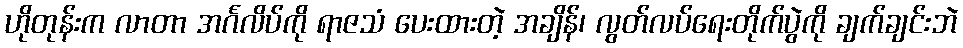
ဟိုတုန်းက လာတာ အင်္ဂလိပ်ကို ရာဇသံ ပေးထားတဲ့ အချိန်၊ လွတ်လပ်ရေးတိုက်ပွဲကို ချက်ချင်းဘဲ